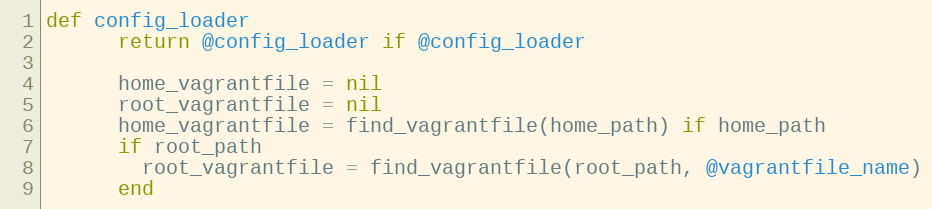
Language: Ruby
def config_loader
      return @config_loader if @config_loader

      home_vagrantfile = nil
      root_vagrantfile = nil
      home_vagrantfile = find_vagrantfile(home_path) if home_path
      if root_path
        root_vagrantfile = find_vagrantfile(root_path, @vagrantfile_name)
      end